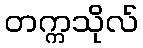
တက္ကသိုလ်